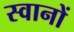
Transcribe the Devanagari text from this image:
स्वानों